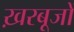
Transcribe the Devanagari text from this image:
ख़रबूजों